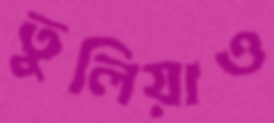
তুলিয়াও